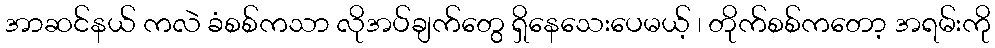
အာဆင်နယ် ကလဲ ခံစစ်ကသာ လိုအပ်ချက်တွေ ရှိနေသေးပေမယ့် ၊ တိုက်စစ်ကတော့ အရမ်းကို